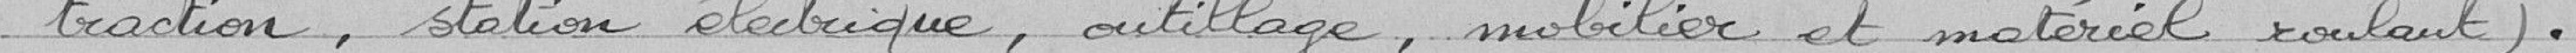
"traction, station électrique, outillage, mobilier et matériel roulant).